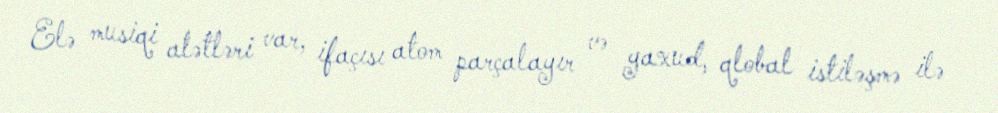
Elə musiqi alətləri var, ifaçısı atom parçalayır və yaxud, qlobal istiləşmə ilə